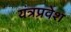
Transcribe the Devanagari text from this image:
यंत्रप्रवेश